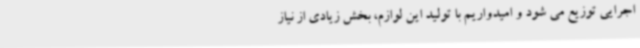
اجرایی توزیع می شود و امیدواریم با تولید این لوازم، بخش زیادی از نیاز